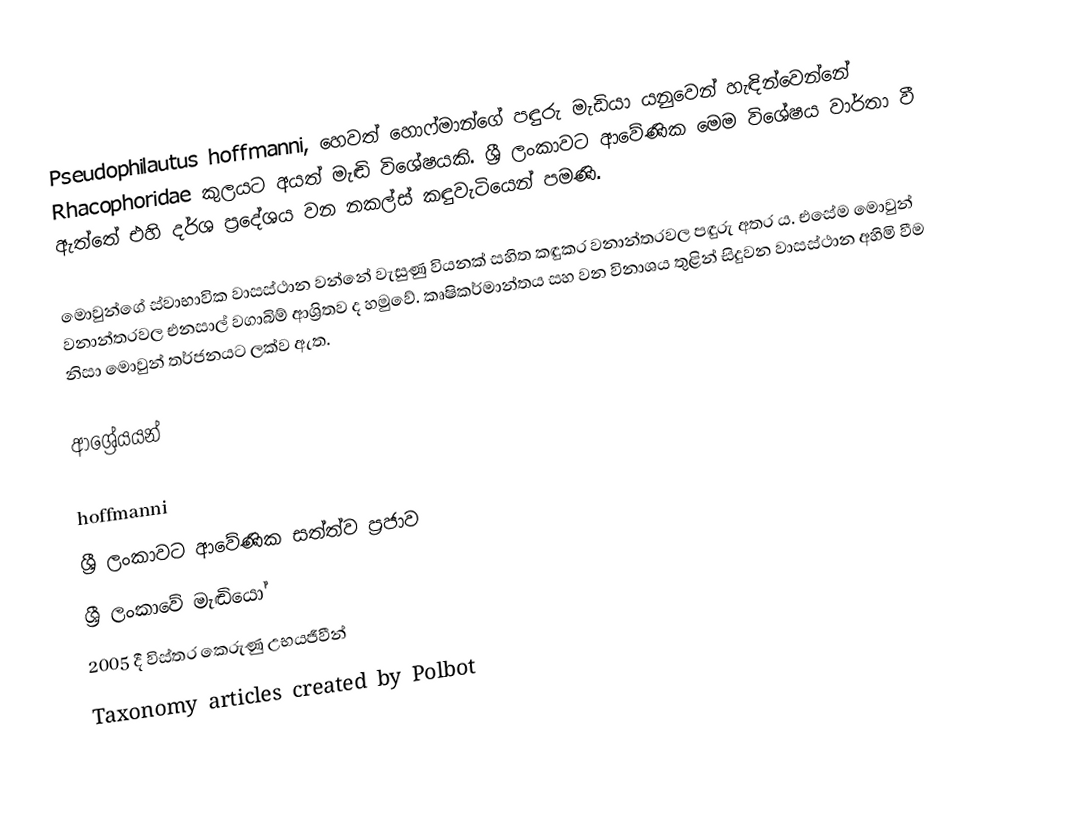
Pseudophilautus hoffmanni, හෙවත් හොෆ්මාන්ගේ පඳුරු මැඩියා යනුවෙන් හැඳින්වෙන්නේ Rhacophoridae කුලයට අයත් මැඬි විශේෂයකි. ශ්‍රී ලංකාවට ආවේණික මෙම විශේෂය වාර්තා වී ඇත්තේ එහි දර්ශ ප්‍රදේශය වන නකල්ස් කඳුවැටියෙන් පමණි.

මොවුන්ගේ ස්වාභාවික වාසස්ථාන වන්නේ වැසුණු වියනක් සහිත කඳුකර වනාන්තරවල පඳුරු අතර ය. එසේම මොවුන් වනාන්තරවල එනසාල් වගාබිම් ආශ්‍රිතව ද හමුවේ. කෘෂිකර්මාන්තය සහ වන විනාශය තුළින් සිදුවන වාසස්ථාන අහිමි වීම නිසා මොවුන් තර්ජනයට ලක්ව ඇත.

ආශ්‍රේයයන්

hoffmanni
ශ්‍රී ලංකාවට ආවේණික සත්ත්ව ප්‍රජාව
ශ්‍රී ලංකාවේ මැඬියෝ
2005 දී විස්තර කෙරුණු උභයජීවීන්
Taxonomy articles created by Polbot